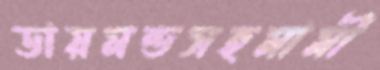
ডায়মন্ডসহমামী